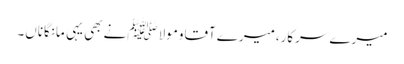
میرے سرکار،میرے آقاومولا ﷺنے بھی یہی مانگاناں۔